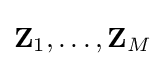
\mathbf {Z} _{1},\ldots ,\mathbf {Z} _{M}